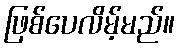
ဖြစ်ပေလိမ့်မည်။